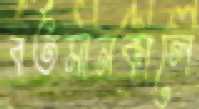
বর্তমানকালে